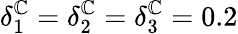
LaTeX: \delta_{1}^{\mathbb{C}}=\delta_{2}^{\mathbb{C}}=\delta_{3}^{\mathbb{C}}=0.2